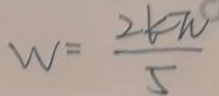
W = \frac { 2 6 \pi } { 5 }